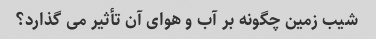
شیب زمین چگونه بر آب و هوای آن تأثیر می گذارد؟